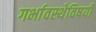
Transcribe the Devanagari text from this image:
गर्भावस्थेविषयी